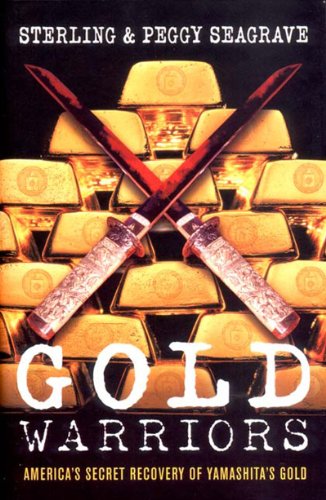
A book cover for Gold Warriors: America's Secret Recovery of Yamashita's Gold; Peggy Seagrave; History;